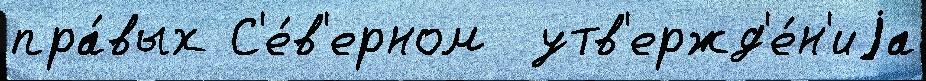
пра́вых С'е́в'ерном  утв'ержд'е́н'иjа